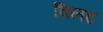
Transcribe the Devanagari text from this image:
क्लिट